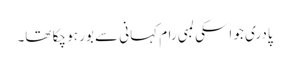
پادری جو اسکی لمبی رام کہانی سے بور ہو چکا تھا۔